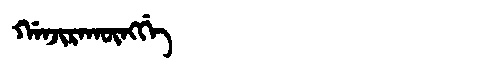
Manchu: ᡤᠠᠨᠵᡳᡵᠠᡴᡡᠩᡤᡝ
Romanization: GANJIRAKŪNGGE